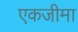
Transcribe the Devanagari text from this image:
एकजीमा